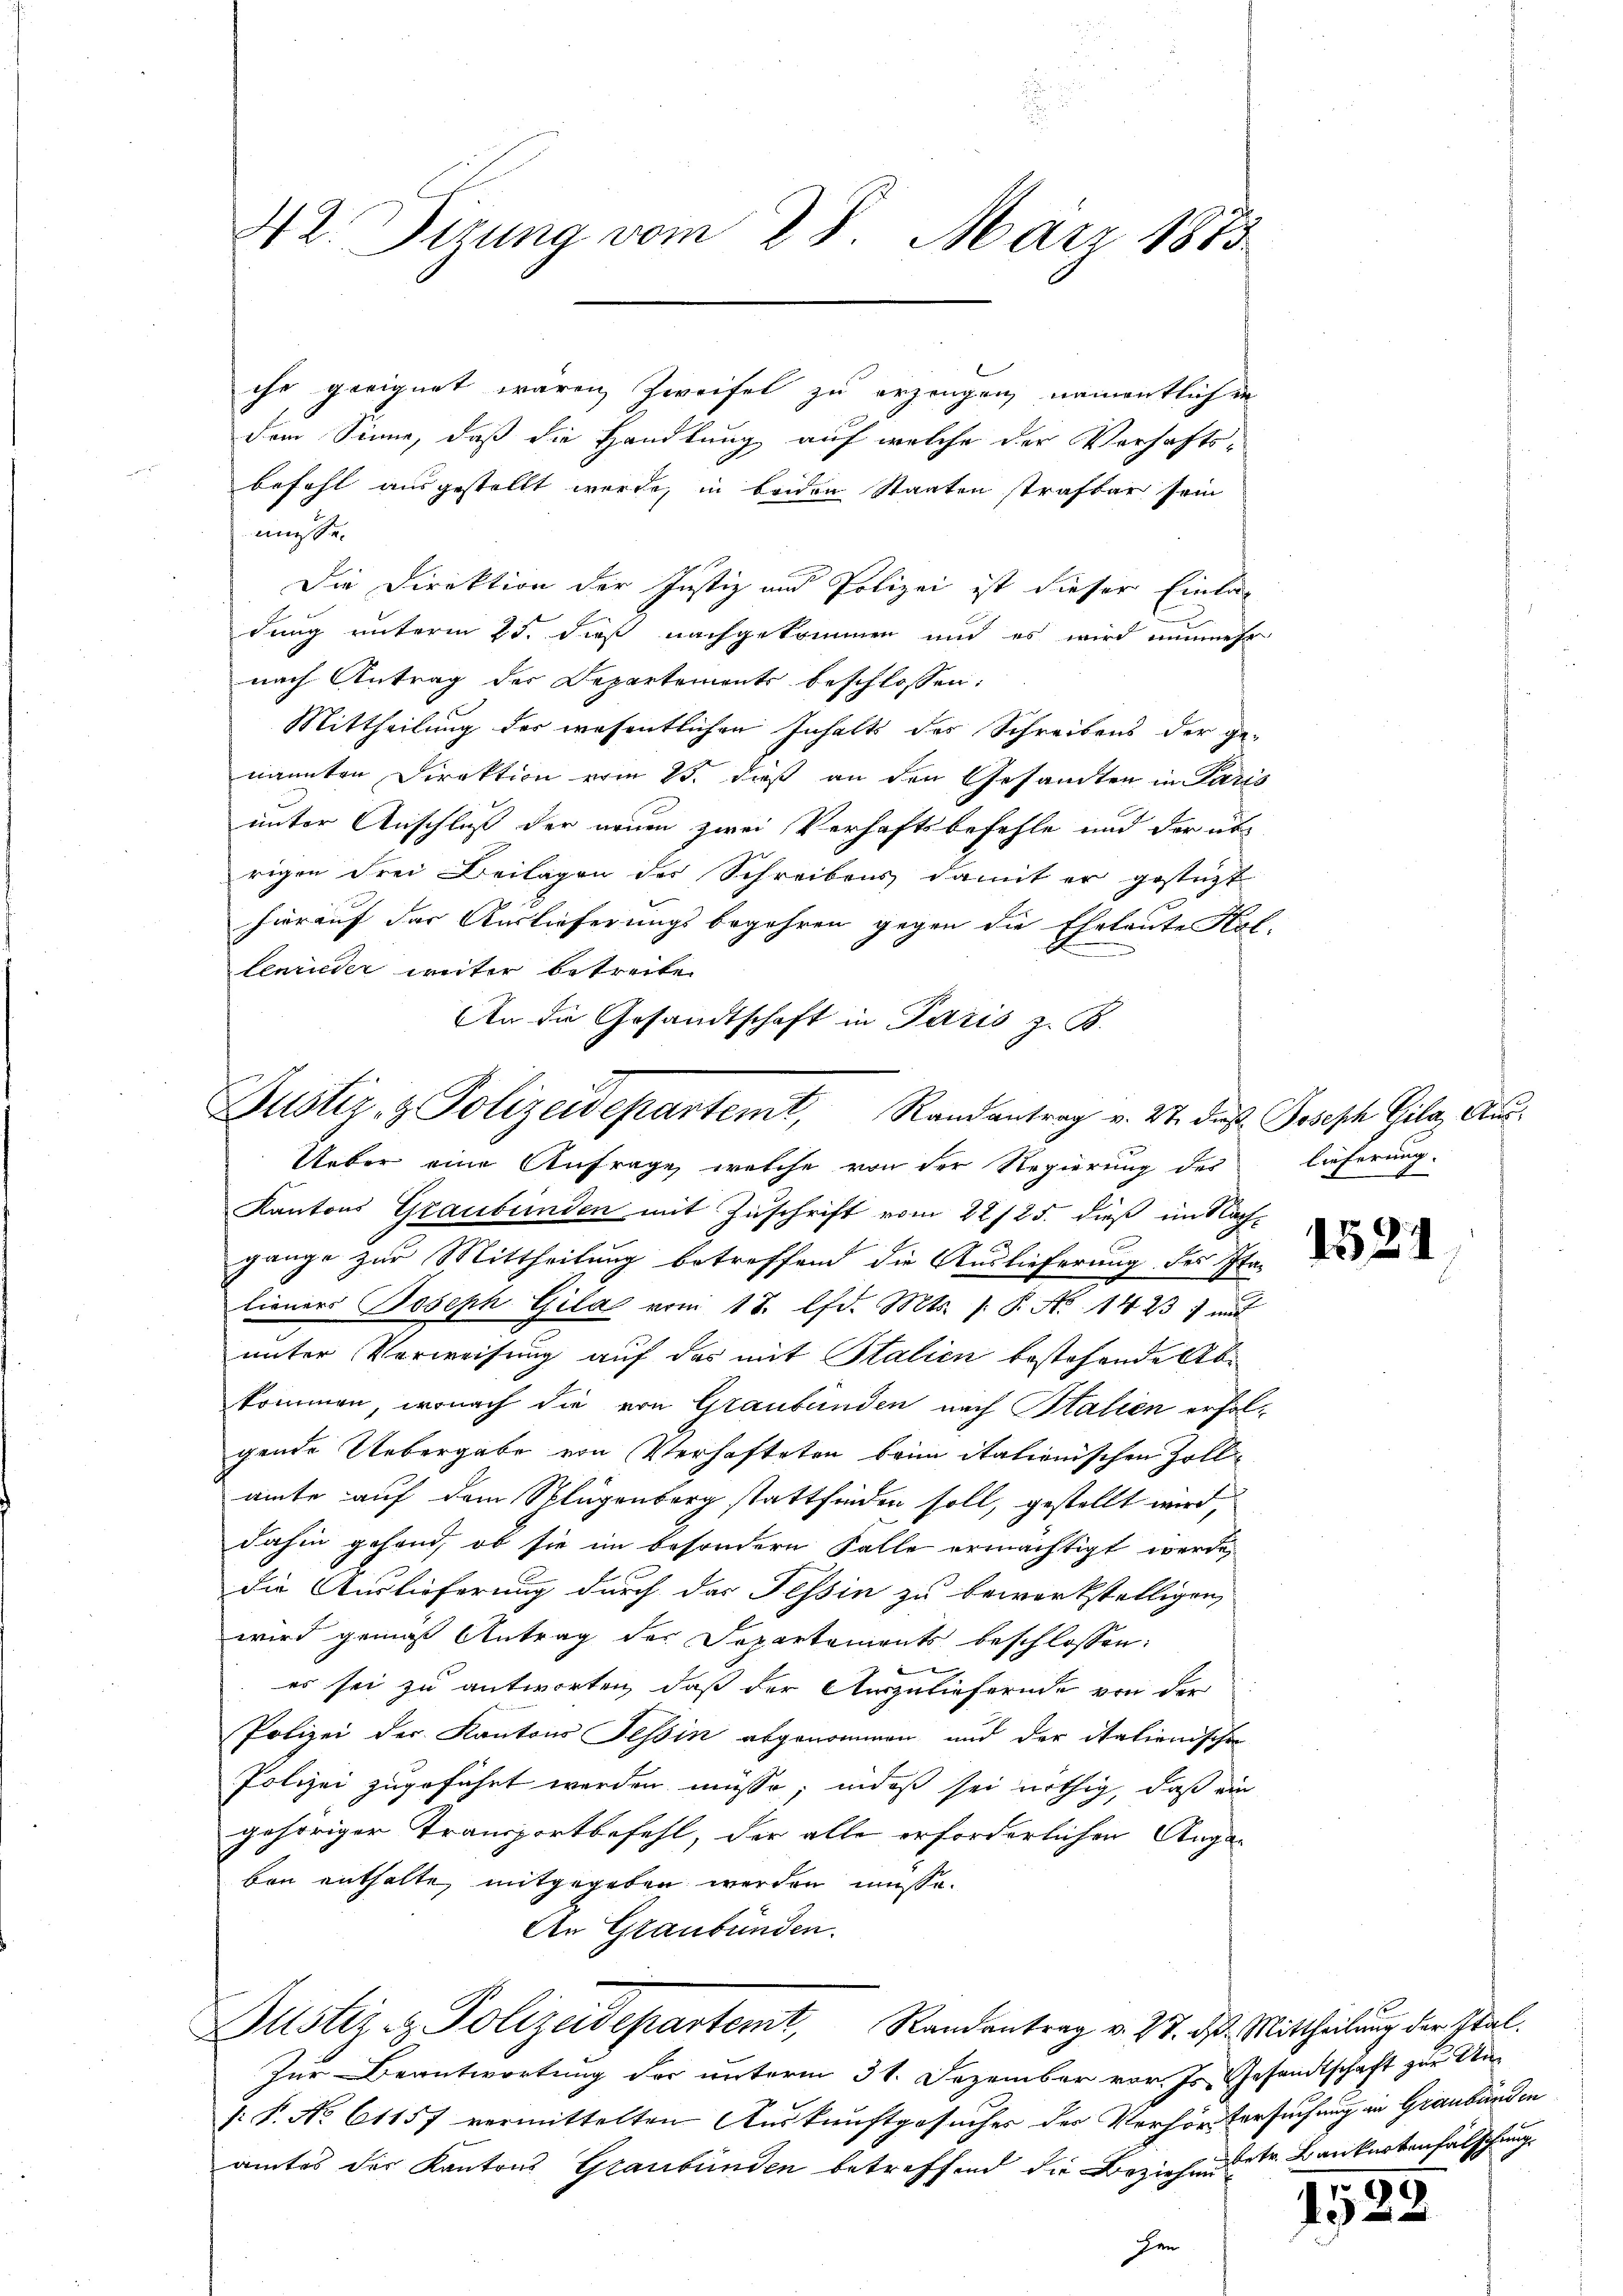
ihr geeignet waren Zweifel zu erzeugen, namentlich in
dem Sinne, daß die Handlung auf welche der Verhaftsbefohl ausgestellt werde, in beiden Staaten strafbar sein
müsse.
Die Direktion der Justiz und Polizei ist dieser Einlag
dung unterm 25. dieß nachgekommen und es wird nunmehr
nach Antrag der Departements beschlossen:
Mittheilung des wesentlichen Inhalts des Schreibens der ge-
nannten Direktion vom 25. dieß an den Gesandten in Paris
unter Anschluß der neuen zwei Verhaftsbefehle und der un
rigen Frei Beilagen der Schreibens damit er gestüzt
hierauf der Auslieferungsbegehren gegen die Eheleute Hol
lenrieder weiter betreiten
An die Gesandtschaft in Paris z. B.
Kantons Graubünden mit Zuschrift vom 22/25. dieß im Nach-
gange zur Mittheilung betreffend die Auslieferung des Sta-
lieners Joseph Gila vom 18. lfd. Mts. (: P. No 1423, mit
unter Verweisung auf das mit Italien bestehende Abkommen, wonach die von Graubünden nach Italien erfolgende Uebergabe von Verhafteten beim itationischen Zollamte auf dem Splügenberg stattfinden soll, gestellt wird,
dahin gehend, ob sie im besondern Falle ermächtigt werde,
die Auslieferung durch das Tessin zu bewerkstelligen,
wird gemäß Antrag des Sopartaments beschlossen:
es sei zu antworten, daß der Auszuliefernde von der
Polizei der Kantons Tessin abgenommen und der italienischen
Polizei zugeführt werden müsse, indeß sei nöthig, daß ein
gehöriger Transportbefehl, der alle erforderlichen Angaben enthalte, mitgegeben werden müsse.
An Graubünden.
Justiz- & Polizeidepartemt, Randentrag v. 27. ds. Mittheilung der Stal¬
Zur Beantwortung der unterm 31. Dezember vor. Js. Gesandtschaft zur Uns: P. No 61157 vermittelten Auskunftgesucher der Verhörtersuchung in Graubünden
amtes der Kantons Graubünden betreffend die Beziehenstr. Banknotenfalschung
hen

Justiz- & Polizeidepartemt, Randantrag v. 27. dies Joseph Gila, Aus¬
Ueber eine Anfrage welche von der Regierung des

E

2
42. Setzung vom 28. März 1883

lieferung. |

1521

1522